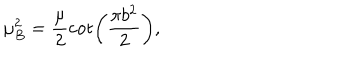
\mu _ { B } ^ { 2 } = \frac { \mu } { 2 } \cot \left( \frac { \pi b ^ { 2 } } { 2 } \right) ,